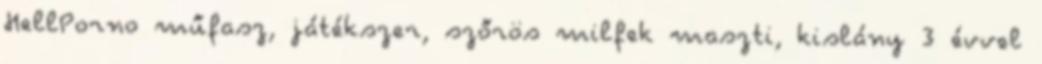
HellPorno műfasz, játékszer, szőrös milfek maszti, kislány 3 évvel